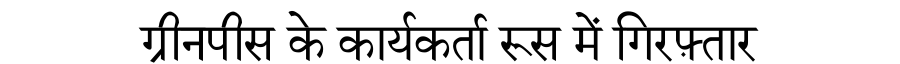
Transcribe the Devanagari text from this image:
ग्रीनपीस के कार्यकर्ता रूस में गिरफ़्तार